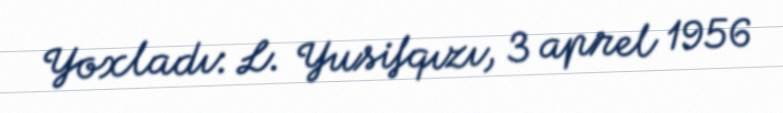
Yoxladı: L. Yusifqızı, 3 aprel 1956